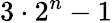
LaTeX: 3\cdot 2^{n}-1